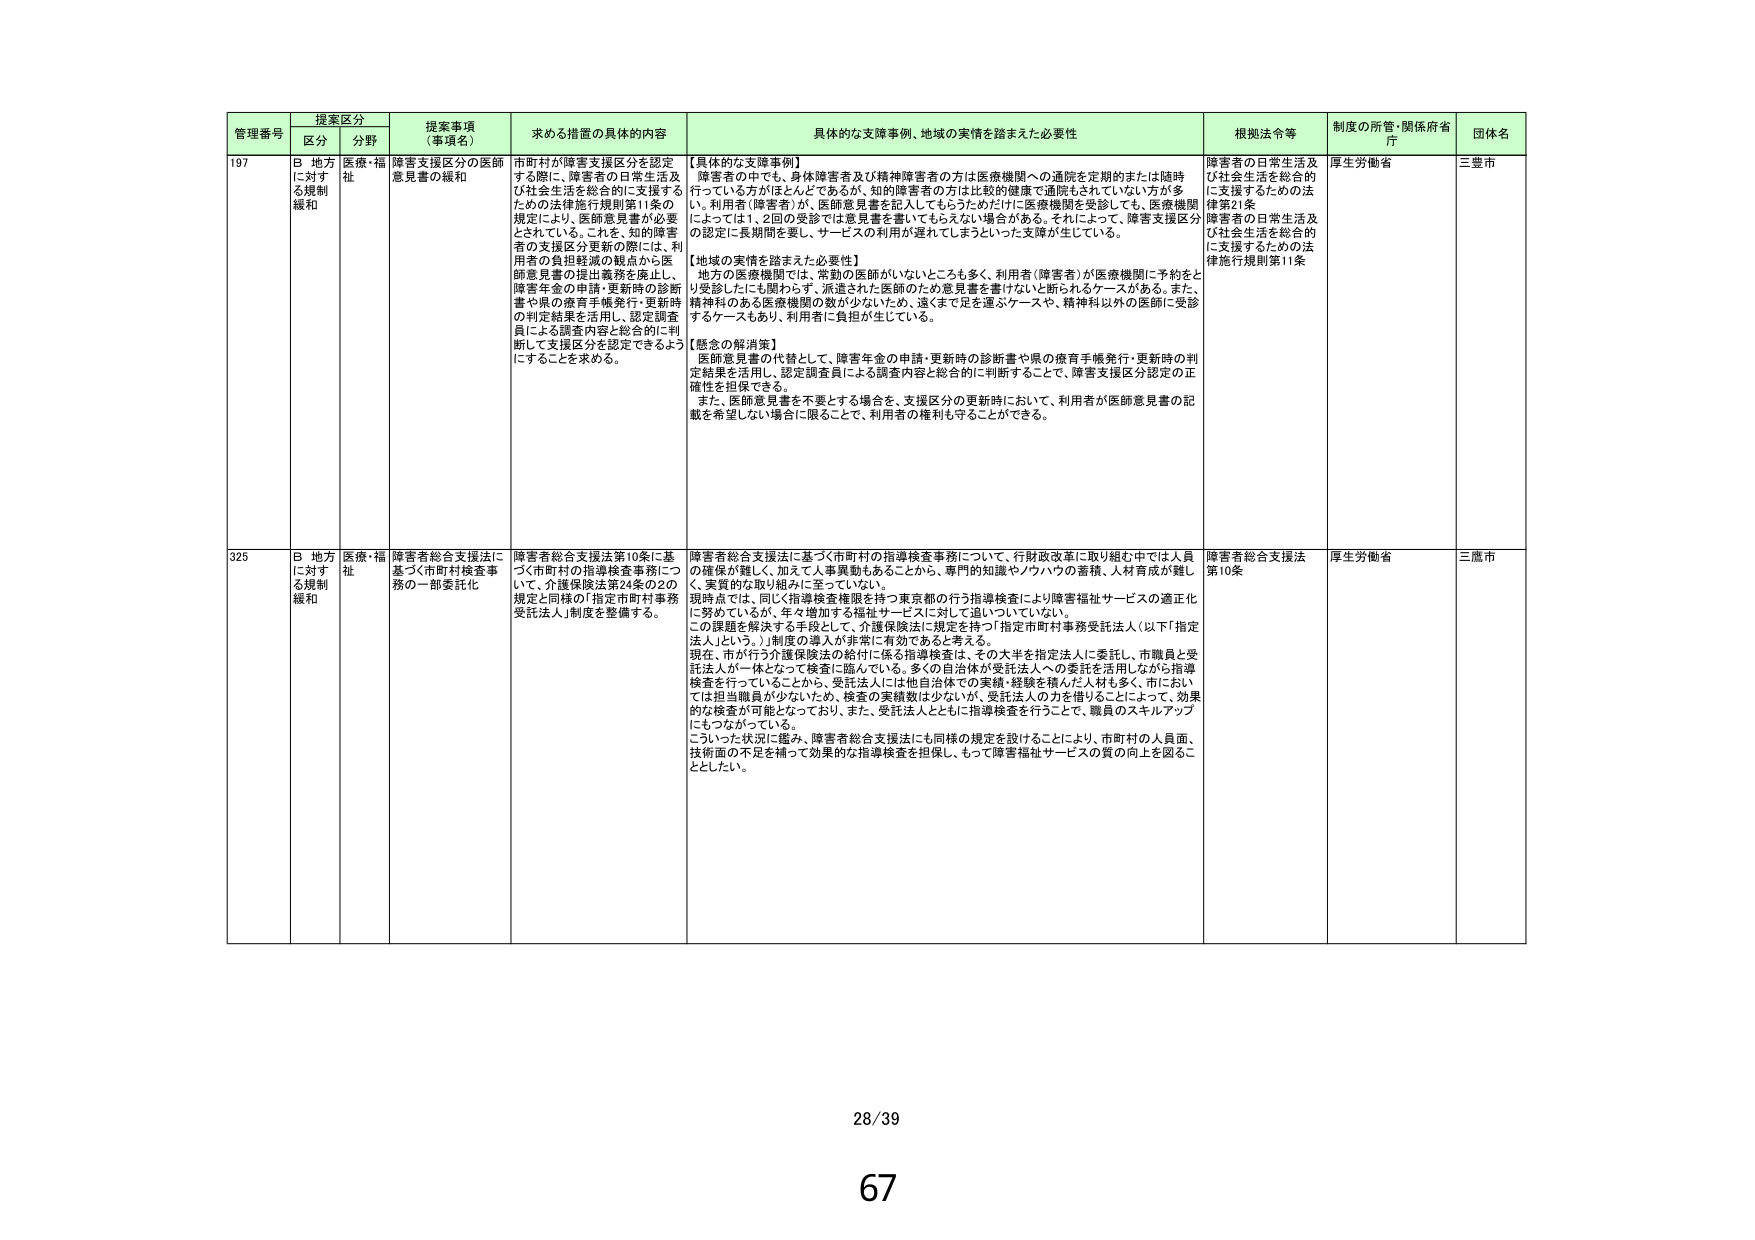
管理番号 提案区分 提案事項（事項名） 求める措置の具体的内容 具体的な支援事例、地域の実情を踏まえた必要性 根拠法令等 制度の所管・関係府省庁 団体名
区分 分野
197 B 地方に対する規制緩和 医療・福祉 障害支援区分の医師意見書の緩和 市町村が障害支援区分を認定する際に、障害者の日常生活及び社会生活を総合的に支援するための法律施行規則第11条の規定により、医師意見書が必要とされている。これを、知的障害者の支援区分更新の際には、利用者の負担軽減の観点から医師意見書の提出義務を廃止し、障害年金の申請・更新時の診断書や県の療育手帳発行・更新時の判定結果を活用し、認定調査員による調査内容と総合的に判断して支援区分を認定できるようにすることを求める。 【具体的な支援事例】 障害者の中でも、身体障害者及び精神障害者の方は医療機関への通院を定期的または随時行っている方がほとんどであるが、知的障害者の方は比較的健康で通院されていない方が多い。利用者（障害者）が、医師意見書を記入してもらうためだけに医療機関を受診しても、医療機関によっては1、2回の受診では意見書を書いてもらえない場合がある。それによって、障害支援区分の認定に長期間を要し、サービスの利用が遅れてしまうといった支障が生じている。 【地域の実情を踏まえた必要性】 地方の医療機関では、常勤の医師がいないところも多く、利用者（障害者）が医療機関に予約をとり受診したにも関わらず、派遣された医師のため意見書を書けないと断られるケースがある。また、精神科のある医療機関の数が少ないため、遠くまで足を運ぶケースや、精神科以外の医師に受診するケースもあり、利用者に負担が生じている。 【懸念の解消策】 医師意見書の代替として、障害年金の申請・更新時の診断書や県の療育手帳発行・更新時の判定結果を活用し、認定調査員による調査内容と総合的に判断することで、障害支援区分認定の正確性を担保できる。 また、医師意見書を不要とする場合を、支援区分の更新時において、利用者が医師意見書の記載を希望しない場合に限ることで、利用者の権利も守ることができる。 障害者の日常生活及び社会生活を総合的に支援するための法律第21条 障害者の日常生活及び社会生活を総合的に支援するための法律施行規則第11条 厚生労働省 三豊市
325 B 地方に対する規制緩和 医療・福祉 障害者総合支援法に基づく市町村検査事務の一部委託化 障害者総合支援法第10条に基づく市町村の指導検査事務について、介護保険法第24条の2の規定と同様の「指定市町村事務受託法人」制度を整備する。 障害者総合支援法に基づく市町村の指導検査事務について、行政財政改革に取り組む中では人員の確保が難しく、加えて人事異動もあることから、専門的知識やノウハウの蓄積、人材育成が難しく、実質的な取り組みに至っていない。 現時点では、同じく指導検査権限を持つ東京都の行う指導検査により障害福祉サービスの適正化に努めているが、年々増加する福祉サービスに対して追いついていない。 この課題を解決する手段として、介護保険法に規定を持つ「指定市町村事務受託法人（以下「指定法人」という。）」制度の導入が非常に有効であると考える。 現在、市が行う介護保険法の給付に係る指導検査は、その大半を指定法人に委託し、市職員と受託法人が一体となって検査に臨んでいる。多くの自治体が受託法人への委託を活用しながら指導検査を行っていることから、受託法人には他自治体での実績・経験を積んだ人材も多く、市においては担当職員が少ないため、検査の実績数は少ないが、受託法人の力を借りることによって、効果的な検査が可能となっており、また、受託法人とともに指導検査を行うことで、職員のスキルアップにもつながっている。 こうした状況に鑑み、障害者総合支援法にも同様の規定を設けることにより、市町村の人員面、技術面の不足を補って効果的な指導検査を担保し、もって障害福祉サービスの質の向上を図ることとしたい。 障害者総合支援法第10条 厚生労働省 三鷹市
28/39
67